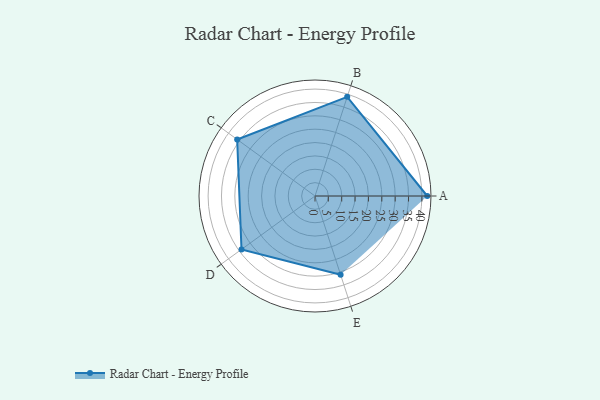
{"axis": {"x": "Skill", "y": "Score"}, "legend": ["Profile"], "data": [{"x": "A", "y": 42.0, "type": "Profile"}, {"x": "B", "y": 39.0, "type": "Profile"}, {"x": "C", "y": 36.0, "type": "Profile"}, {"x": "D", "y": 34.0, "type": "Profile"}, {"x": "E", "y": 31.0, "type": "Profile"}]}